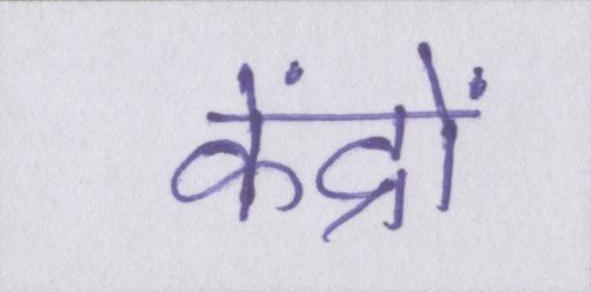
केंद्रों